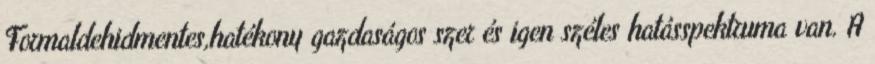
Formaldehidmentes,hatékony gazdaságos szer és igen széles hatásspektruma van. A